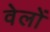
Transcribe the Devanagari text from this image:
वेलों